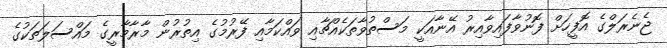
ޖެނެރަލްގެ އޮފީހަށް ފޮނުވާފައިވާއިރު އޭނާއަކީ މަސްތުވާތަކެއްޗާއި ވައްކަމާއި ފޭރުމުގެ އިތުރުން މާރާމާރީގެ މައްސަލަތަކުގެ